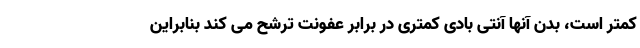
کمتر است، بدن آنها آنتی بادی کمتری در برابر عفونت ترشح می کند بنابراین